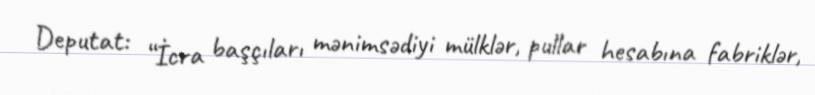
Deputat: “İcra başçıları mənimsədiyi mülklər, pullar hesabına fabriklər,